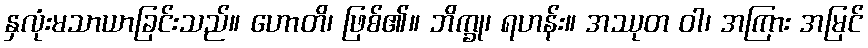
နှလုံးမသာယာခြင်းသည်။ ဟောတိ၊ ဖြစ်၏။ ဘိက္ခု၊ ရဟန်း။ အဿုတ ဝါ၊ အကြား အမြင်